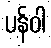
ပန်ဝါ